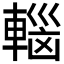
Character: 𮝟